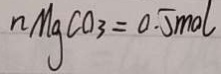
n M g C O _ { 3 } = 0 . 5 m o l